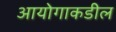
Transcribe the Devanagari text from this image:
आयोगाकडील